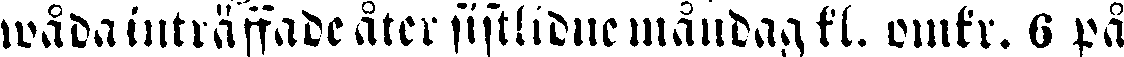
wådainträffade åter sistlidne måndag kl. omkr. 6 på